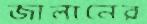
জালানের